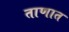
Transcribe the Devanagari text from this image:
ताणात